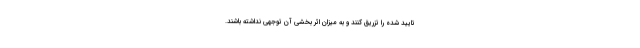
تایید شده را تزریق کنند و به میزان اثر بخشی آن توجهی نداشته باشند.